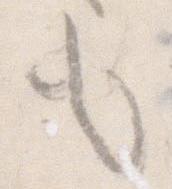
も